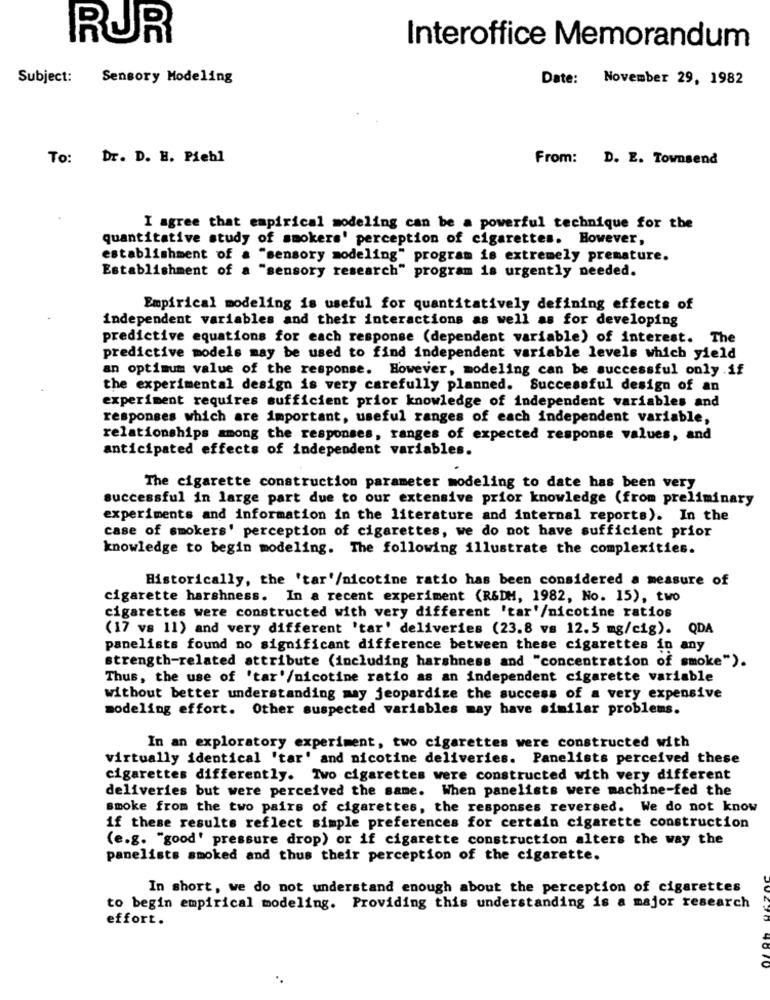
RUR
Interoffice Memorandum
Subject:
Sensory Modeling
Date: November 29, 1982
To: Dr. D. H. Piehl
From: D. E. Townsend
I agree that empirical modeling can be a powerful technique for the
quantitative study of smokers' perception of cigarettes. However,
establishment of a "sensory modeling" program is extremely premature.
Establishment of a "sensory research" program is urgently needed.
Empirical modeling is useful for quantitatively defining effects of
independent variables and their interactions as well as for developing
predictive equations for each response (dependent variable) of interest. The
predictive models may be used to find independent variable levels which yield
an optimum value of the response. However, modeling can be successful only .if
the experimental design is very carefully planned. Successful design of an
experiment requires sufficient prior knowledge of independent variables and
responses which are important, useful ranges of each independent variable,
relationships among the responses, ranges of expected response values, and
anticipated effects of independent variables.
The cigarette construction parameter modeling to date has been very
successful in large part due to our extensive prior knowledge (from preliminary
experiments and information in the literature and internal reports). In the
case of smokers' perception of cigarettes, we do not have sufficient prior
knowledge to begin modeling. The following illustrate the complexities.
Historically, the 'tar'/nicotine ratio has been considered a measure of
cigarette harshness. In a recent experiment (R&DM, 1982, No. 15), two
cigarettes were constructed with very different 'tar'/nicotine ratios
(17 vs 11) and very different 'tar' deliveries (23.8 vs 12.5 mg/cig). QDA
panelists found no significant difference between these cigarettes in any
strength-related attribute (including harshness and "concentration of smoke").
Thus, the use of 'tar'/nicotine ratio as an independent cigarette variable
without better understanding may jeopardize the success of a very expensive
modeling effort. Other suspected variables may have similar problems.
In an exploratory experiment, two cigarettes were constructed with
virtually identical 'tar' and nicotine deliveries. Panelists perceived these
cigarettes differently. Ivo cigarettes were constructed with very different
deliveries but were perceived the same. When panelists were machine-fed the
smoke from the two pairs of cigarettes, the responses reversed. We do not know
if these results reflect simple preferences for certain cigarette construction
(e.g. "good' pressure drop) or if cigarette construction alters the way the
panelists smoked and thus their perception of the cigarette.
In short, we do not understand enough about the perception of cigarettes
to begin empirical modeling. Providing this understanding is a major research
effort.
4610